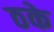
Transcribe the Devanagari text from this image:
ठके